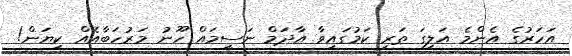
އަހަރުގެ އެންމެ އަލިގަ ތަރި ކަމުގައިވާ އާދަމް ނަސީމައް ހޫނު މަރުހަބާއެއް ކިޔަން!